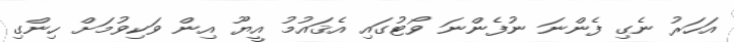
އަހަރު ނެގި ފެންނަ ނުފެންނަ ވޯޓުގައި އެޤައުމު އީޔޫ އިން ވަކިވުމަށް ހިންގި